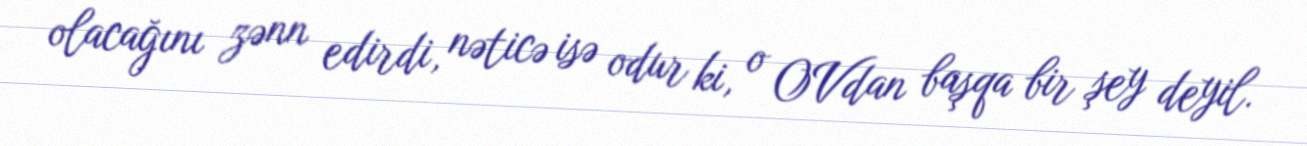
olacağını zənn edirdi, nəticə isə odur ki, o OVdan başqa bir şey deyil.